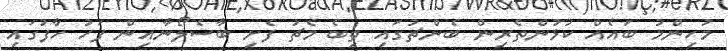
މުހިންމު ބައެއް ކުޅުންތެރިން ބެންޗުގައި ތިބެ މެޗު ފެށި ބާސެލޯނާއިން ފަހު ހާފުގައި